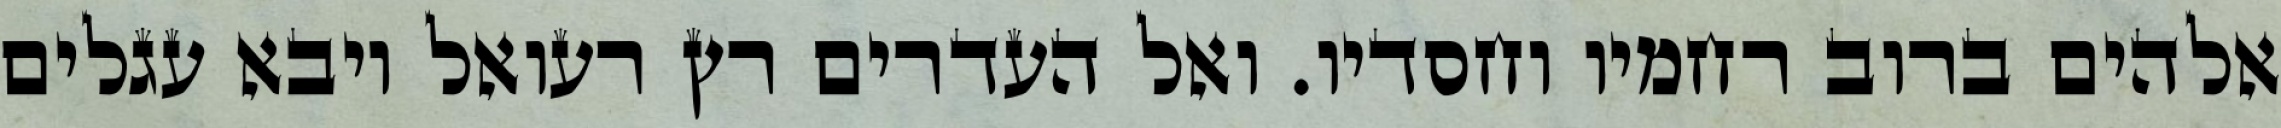
אלהים ברוב רחמיו וחסדיו. ואל העדרים רץ רעואל ויבא עגלים